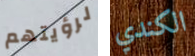
لرؤيتهم الكندي